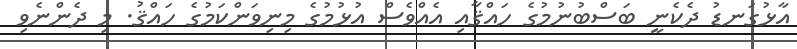
އާޅުގަނޑު ދެކެނީ ބަސްބުނުމުގެ ހައްޤާއި އެއްވެސް އުޅުމުގެ މިނިވަންކަމުގެ ހައްޤު. މި ދެންނެވި